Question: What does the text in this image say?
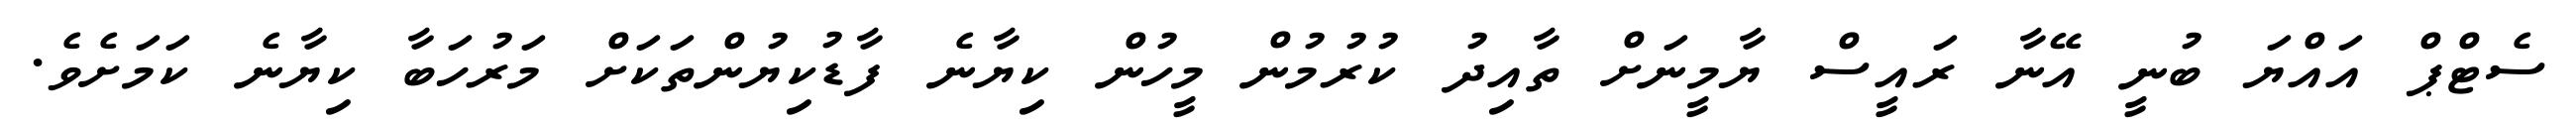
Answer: ސެޓްޕް އައްޔަ ބުނީ އޭނާ ރައީސް ޔާމީނަށް ތާއިދު ކުރުމުން މީހުން ކިޔާނެ ފާޑުކިޔުންތަކަށް މަރުހަބާ ކިޔާނެ ކަމަށެވެ.